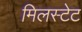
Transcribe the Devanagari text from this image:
मिलस्टेट